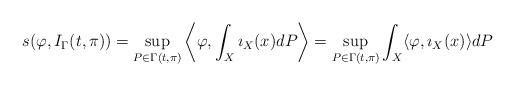
LaTeX: \begin{align*}s(\varphi,I_\Gamma(t,\pi))=\sup_{P\in \Gamma(t,\pi)}\left\langle \varphi,\int_X\imath_X(x)dP \right\rangle=\sup_{P\in \Gamma(t,\pi)}\int_X\langle \varphi,\imath_X(x)\rangle dP\end{align*}